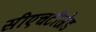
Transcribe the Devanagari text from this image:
सीएचटीजेड